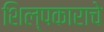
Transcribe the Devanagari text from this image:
शिल्पकाराचे